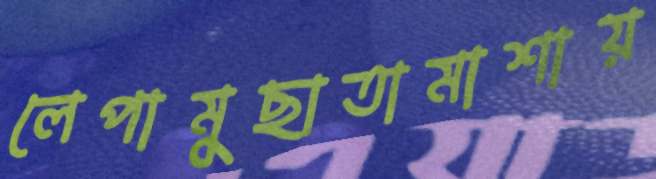
লেপামুছাতামাশায়